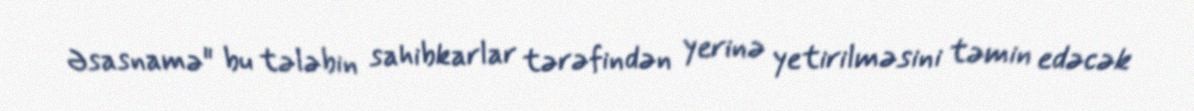
Əsasnamə" bu tələbin sahibkarlar tərəfindən yerinə yetirilməsini təmin edəcək